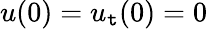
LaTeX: u(0)=u_{\mathtt{t}}(0)=0